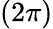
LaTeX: (2\pi)